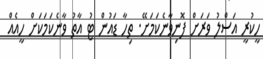
ހީކުރީ އަސްލު ވަރަށް ފޮނިވާނެކަމަށޭ. ތިހާ ޑައުން ޓު އާތު ވާނެކަމަކަށް ހީއެއް